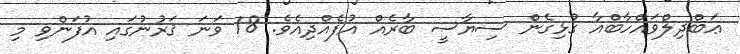
ޢަބްދިލްވައްހާބްއާ ގުޅިގެން ސިޔާސީ ބާރެއް އުފެއްދިއެވެ. 18 ވަނަ ޤަރުނުގައި އުފަންވި މި